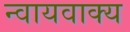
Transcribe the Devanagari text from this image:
न्वायवाक्य